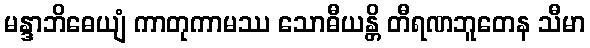
မန္ဒာဘိဓေယျံ ကာတုကာမဿ သောဓီယန္တိ တီရဏဘူတေန သီမာ